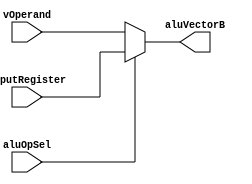
module muxVectorB

#(
	// Parameter Declarations
	parameter BITS_SIZE = 64
)

(
	// Input Ports
	input [BITS_SIZE-1:0] inputRegister,
	input [BITS_SIZE-1:0] vOperand,
	input aluOpSel,
	// Output Ports
	output reg [BITS_SIZE-1:0] aluVectorB
);

	always@(*)
		begin
			if(aluOpSel)
				aluVectorB = inputRegister;
			else
				aluVectorB = vOperand;
		end	

endmodule